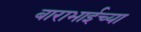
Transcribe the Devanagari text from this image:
बाराभाईच्या